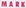
MARK